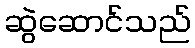
ဆွဲဆောင်သည်